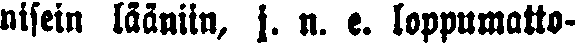
nisein lääniin, j. n. e. loppumatto-